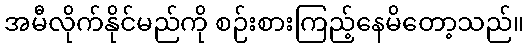
အမီလိုက်နိုင်မည်ကို စဉ်းစားကြည့်နေမိတော့သည်။